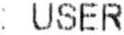
: USER